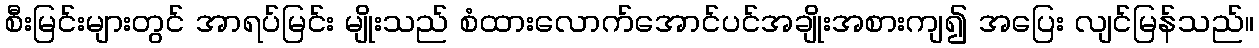
စီးမြင်းများတွင် အာရပ်မြင်း မျိုးသည် စံထားလောက်အောင်ပင်အချိုးအစားကျ၍ အပြေး လျင်မြန်သည်။